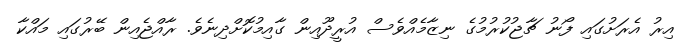
އިރު އެރަށުގައި ފޯނު ޗާޖުކުރުމުގެ ނިޒާމެއްވެސް އުރީދޫއިން ގާއިމުކޮށްދިނެވެ. ރާއްޖެއިން ބޭރުގައި މައްކާ